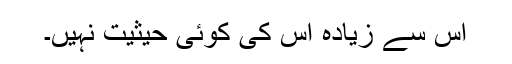
اس سے زیادہ اس کی کوئی حیثیت نہیں۔